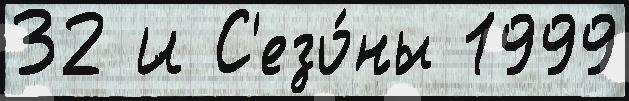
32 И С'езо́ны 1999